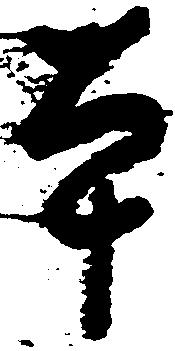
本